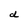
Character: d